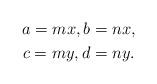
LaTeX: \begin{gather*} a=mx,b=nx\text,\\ c=my,d=ny.\end{gather*}